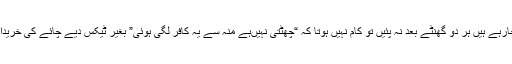
اس طرح سے آجکل نشہ آور چائے کے رسیابڑھتے جارہے ہیں ہر دو گھنٹے بعد نہ پئیں تو کام نہیں ہوتا کہ “چھٹتی نہیںہے منہ سے یہ کافر لگی ہوئی” بغیر ٹیکس دیے چائے کی خریداری پرحکومتوں کو سالانہ کھربوں کا نقصان ہوتا ہے۔